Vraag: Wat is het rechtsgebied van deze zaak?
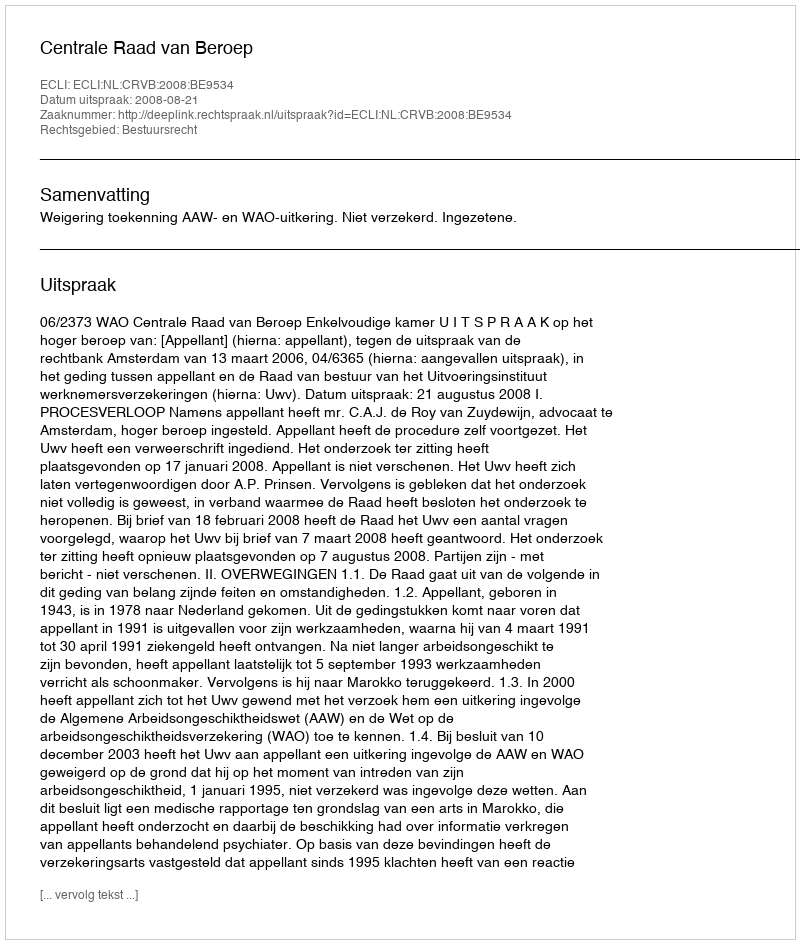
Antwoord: Bestuursrecht